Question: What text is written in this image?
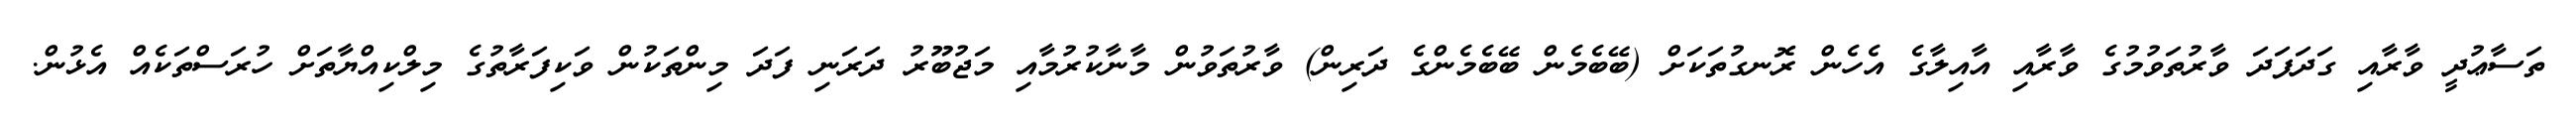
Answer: ތަސާޢުދީ ވާރާއި ގަދަފަދަ ވާރުތަވުމުގެ ވާރާއި އާއިލާގެ އެހެން ރޮނގުތަކަށް (ބޭބެމެން ބޭބެމެންގެ ދަރިން) ވާރުތަވުން މާނާކުރުމާއި މަޖުބޫރު ދަރަނި ފަދަ މިންތަކުން ވަކިފަރާތުގެ މިލްކިއްޔާތަށް ހުރަސްތަކެއް އެޅުން.